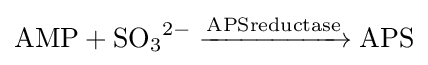
{\mathrm {AMP} {}+{}\mathrm {SO} {\vphantom {A}}_{\smash[{t}]{3}}{\vphantom {A}}^{2-}{}\mathrel {\xrightarrow {\mathrm {APSreductase} } } {}\mathrm {APS} }